Leprosy in India: report of the Leprosy Commission in India, 1890-91
Year: 1890
Disease focus: Leprosy
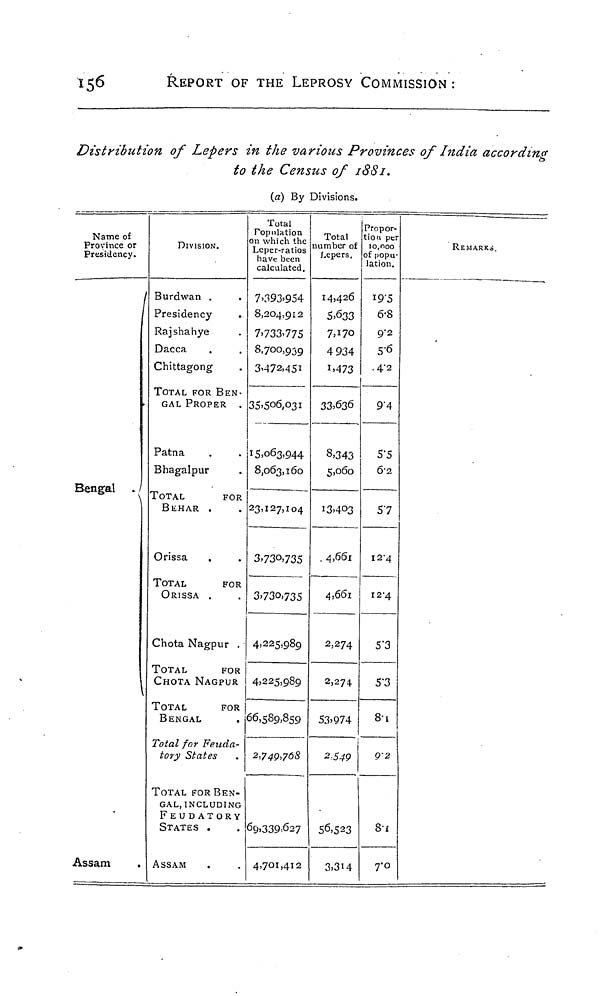
156
REPORT OF THE LEPROSY COMMISSION :
Distribution of Lepers in the various Provinces of India according
to the Census of 1881.
{a) By Divisions.
Name of
Province or
Presidency.
Assam
DIVISION.
Burdwan .
Presidency
.
Rajshahye
Dacca
Chittagong
TOTAL FOR BEN-
GAL PROPER .
Patna
Bhagalpur
TOTAL
FOR
BEHAR .
Orissa
TOTAL
FOR
ORISSA .
Chota Nagpur .
TOTAL
FOR
CHOTA NAGPUR
TOTAL
FOR
BENGAL
Total for Feuda-
tory States
TOTAL FOR BEN-
GAL, INCLUDING
FEUDATORY
STATES .
ASSAM
Total
Population
on which the
Leper-ratios
have been
calculated.
7>393>954
8,204,912
7,733,775
8,700,939
3,472,451
35,506,031
15.063,944
8,063,160
23,127,104
3,730,735
3,730,735
4,225,989
4,225,989
66,589,859
2,749,768
69,339,627
4,701,412
Total
number of
Lepers,
14,426
5,633
7,170
4 934
1,473
33,636
8.343
5,060
13,403
4,661
4,661
2,274
2,274
53.974
2 549
56,523
3.314
Propor-
tion per
10,000
of popu-
lation.
19.5
6.8
9.2
5.6
4.2
9.4
5.5
6.2
57
12.4
12.4
5.3
5.3
8.1
9.2
8.1
7.0
REMARKS,